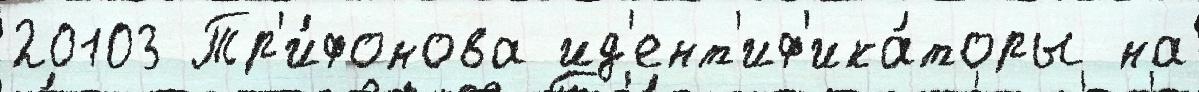
20103 Тр'и́фонова ид'ент'иф'ика́торы на